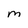
Character: M